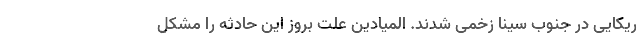
ریکایی در جنوب سینا زخمی شدند. المیادین علت بروز این حادثه را مشکل